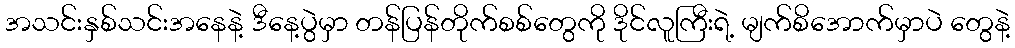
အသင်းနှစ်သင်းအနေနဲ့ ဒီနေ့ပွဲမှာ တန်ပြန်တိုက်စစ်တွေကို ဒိုင်လူကြီးရဲ့ မျက်စိအောက်မှာပဲ တွေနဲ့